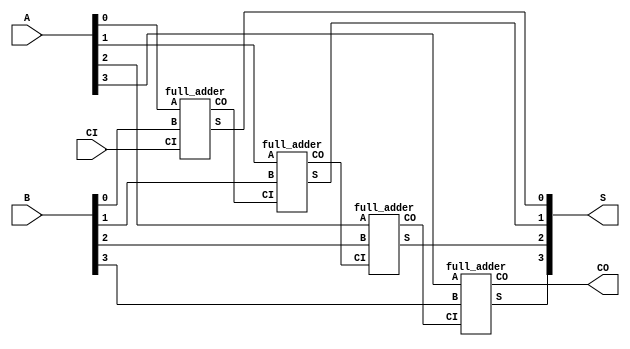
`timescale 1ns / 1ps

module ripple_carry(A, B, CI, S, CO);
    input [3:0] A;   // Inputs
    input [3:0] B;
    input CI; // Carry in
    output [3:0] S; // Sum bit
    output CO;   // Carry bit
    
    wire C0, C1, C2; // Sum1, Carry1, Carry2
    
    full_adder Adder1(A[0], B[0], CI, S[0], C0);
    full_adder Adder2(A[1], B[1], C0, S[1], C1);
    full_adder Adder3(A[2], B[2], C1, S[2], C2);
    full_adder Adder4(A[3], B[3], C2, S[3], CO);
    
endmodule

module full_adder(A, B, CI, S, CO);
    input A;   // Inputs
    input B;
    input CI; // Carry in
    output S; // Sum bit
    output CO;   // Carry bit
    
    wire S1, C1, C2; // Sum1, Carry1, Carry2
    
    half_adder Adder1(A, B, S1, C1);
    half_adder Adder2(CI, S1, S, C2);
    
    or O1(CO, C2, C1);
endmodule

module half_adder(A, B, S, C);
    input A, B;
    output S, C;
    
    xor X1(S, A, B);
    and A1(C, A, B);
endmodule

module Dflip(set, clk, Q, Qn);
    input set;   // Inputs
    input clk;
    output reg Q; // Outputs
    output reg Qn;

    always @(posedge clk) begin // Update on clock
        Q = set;
        Qn = ~Q;
    end
endmodule

module dec3_8(in, out);
    input [2:0] in;   // 3 bit input
    output [7:0] out; // 8 bit output
    
    and A0(out[0], ~in[0], ~in[1], ~in[2]);
    and A1(out[1], in[0], ~in[1], ~in[2]);
    and A2(out[2], ~in[0], in[1], ~in[2]);
    and A3(out[3], in[0], in[1], ~in[2]);
    and A4(out[4], ~in[0], ~in[1], in[2]);
    and A5(out[5], in[0], ~in[1], in[2]);
    and A6(out[6], ~in[0], in[1], in[2]);
    and A7(out[7], in[0], in[1], in[2]);
endmodule

module mux8_1(in, select, out);
    input [7:0] in;     // 8 bit input
    input [2:0] select; // 3 bit select line
    output out;         // 1 bit output
    
    wire D0, D1, D2, D3, D4, D5, D6, D7; // Intermediate logic for muxing
    
    assign D0 = in[0] & ~select[0] & ~select[1] & ~select[2];
    assign D1 = in[1] & select[0] & ~select[1] & ~select[2];
    assign D2 = in[2] & ~select[0] & select[1] & ~select[2];
    assign D3 = in[3] & select[0] & select[1] & ~select[2];
    assign D4 = in[4] & ~select[0] & ~select[1] & select[2];
    assign D5 = in[5] & select[0] & ~select[1] & select[2];
    assign D6 = in[6] & ~select[0] & select[1] & select[2];
    assign D7 = in[7] & select[0] & select[1] & select[2];
    
    assign out = D0 | D1 | D2 | D3 | D4 | D5 | D6 | D7;
endmodule